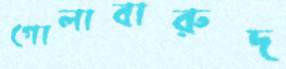
গোলাবারুদ